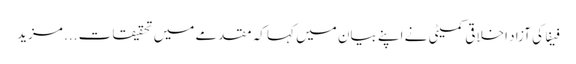
فیفا کی آزاد اخلاقی کمیٹی نے اپنے بیان میں کہا کہ مقدمے میں تحقیقات ... مزید